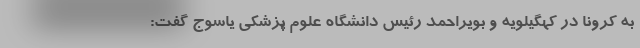
به کرونا در کهگیلویه و بویراحمد رئیس دانشگاه علوم پزشکی یاسوج گفت: